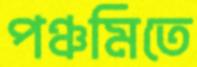
পঞ্চমিতে